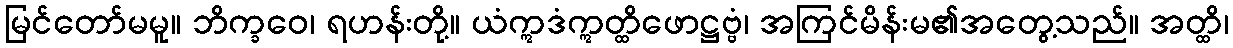
မြင်တော်မမူ။ ဘိက္ခဝေ၊ ရဟန်းတို့။ ယံဣဒံဣတ္ထိဖောဋ္ဌဗ္ဗံ၊ အကြင်မိန်းမ၏အတွေ့သည်။ အတ္ထိ၊